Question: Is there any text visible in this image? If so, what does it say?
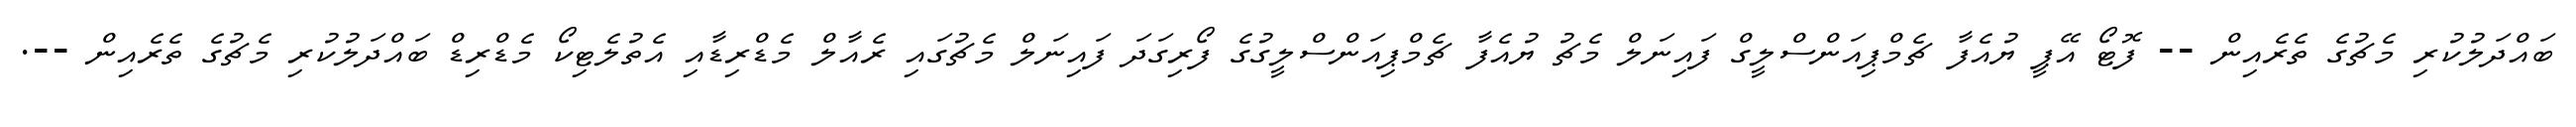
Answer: ބައްދަލުކުރި މެޗުގެ ތެރެއިން -- ފޮޓޯ އޭޕީ ޔުއެފާ ޗެމްޕިއަންސްލީގް ފައިނަލް މެޗު ޔުއެފާ ޗެމްޕިއަންސްލީގުގެ ފޯރިގަދަ ފައިނަލް މެޗުގައި ރެއާލް މެޑްރިޑާއި އެތުލެޓިކޯ މެޑްރިޑް ބައްދަލުކުރި މެޗުގެ ތެރެއިން --.